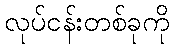
လုပ်ငန်းတစ်ခုကို